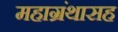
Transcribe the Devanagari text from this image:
महाग्रंथासह